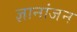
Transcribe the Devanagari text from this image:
ज्ञानांजन